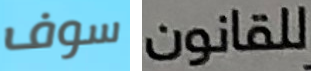
سوف للقانون